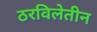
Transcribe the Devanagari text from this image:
ठरविलेतीन